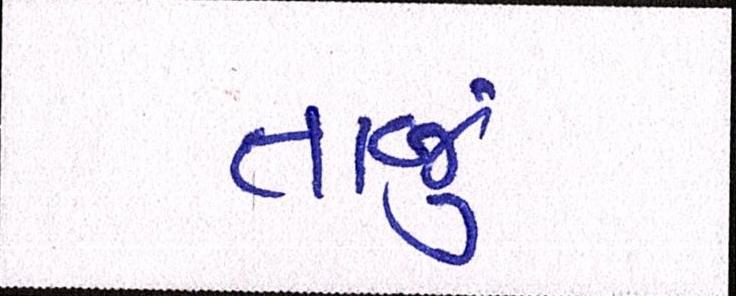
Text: તાજું